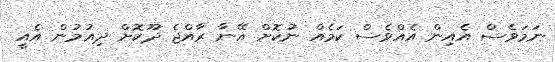
ނަމަވެސް އެއިން އެއްވެސް ކަމެއް ނުކޮށް އޭނާ ރާއްޖެ ދޫކޮށް ދިއުމުން އެއީ